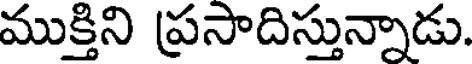
ముక్తిని ప్రసాదిస్తున్నాడు.